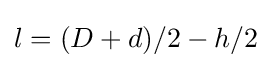
l=(D+d)/2-h/2